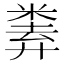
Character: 𢍨